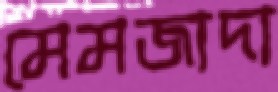
মেমজাদা